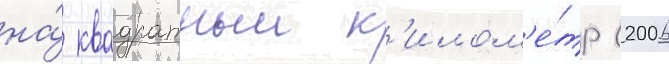
на́ квадратныи к'илом'е́тр (2006